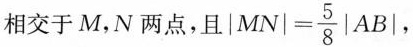
相交于M，N两点，且\left | M N \right | = \frac { 5 } { 8 } \left | A B \right |，